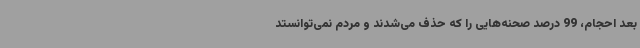
بعد احجام، 99 درصد صحنه‌هایی را که حذف می‌شدند و مردم نمی‌توانستد